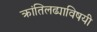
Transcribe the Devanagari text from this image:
क्रांतिलढ्याविषयी